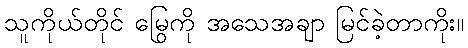
သူကိုယ်တိုင် မြွေကို အသေအချာ မြင်ခဲ့တာကိုး။